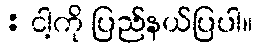
: ငါ့ကို ပြည်နယ်ပြပါ။